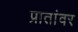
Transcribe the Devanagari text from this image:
प्रातांवर